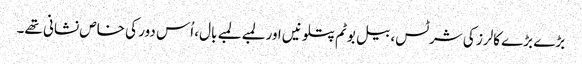
بڑے بڑے کالرز کی شرٹس، بیل بوٹم پتلونیں اور لمبے لمبے بال، اُس دور کی خاص نشانی تھے۔